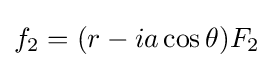
f_{2}=(r-ia\cos \theta )F_{2}